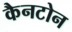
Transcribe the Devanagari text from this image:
कैनटोन